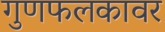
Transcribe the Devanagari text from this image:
गुणफलकावर